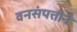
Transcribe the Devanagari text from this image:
वनसंपत्तीने